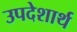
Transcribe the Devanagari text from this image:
उपदेशार्थ